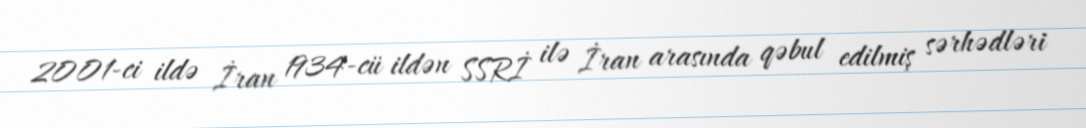
2001-ci ildə İran 1934-cü ildən SSRİ ilə İran arasında qəbul edilmiş sərhədləri